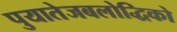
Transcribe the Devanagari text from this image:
पुयातेजबलोद्धिको